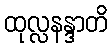
ထုလ္လနန္ဒာတိ